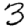
Digit: 3